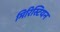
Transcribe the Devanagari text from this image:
मिरिस्टियन